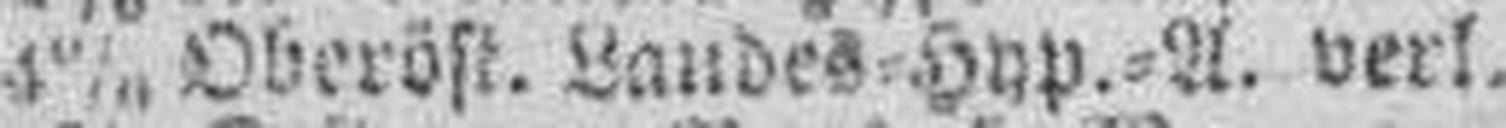
4% Oberöst. Landes=Hyp.=A. verl.